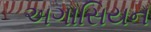
અગાસિયન